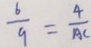
\frac { 6 } { 9 } = \frac { 4 } { A C }